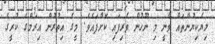
ލިޔެކިޔުންތައް ވާނީ މި ނޫހުން ވެރިފައި ކޮށްފައެވެ. މީގެ އިތުރުން އިރަމްގެ ކުރީގެ